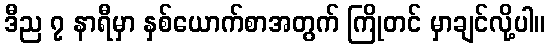
ဒီည ၇ နာရီမှာ နှစ်ယောက်စာအတွက် ကြိုတင် မှာချင်လို့ပါ။